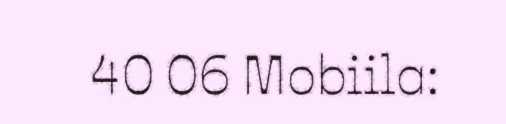
40 06 Mobiila: